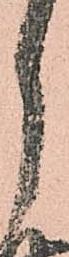
月